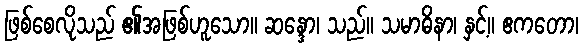
ဖြစ်စေလိုသည် ၏အဖြစ်ဟူသော။ ဆန္ဒော၊ သည်။ သမာဓိနာ၊ နှင့်။ ဧကတော၊